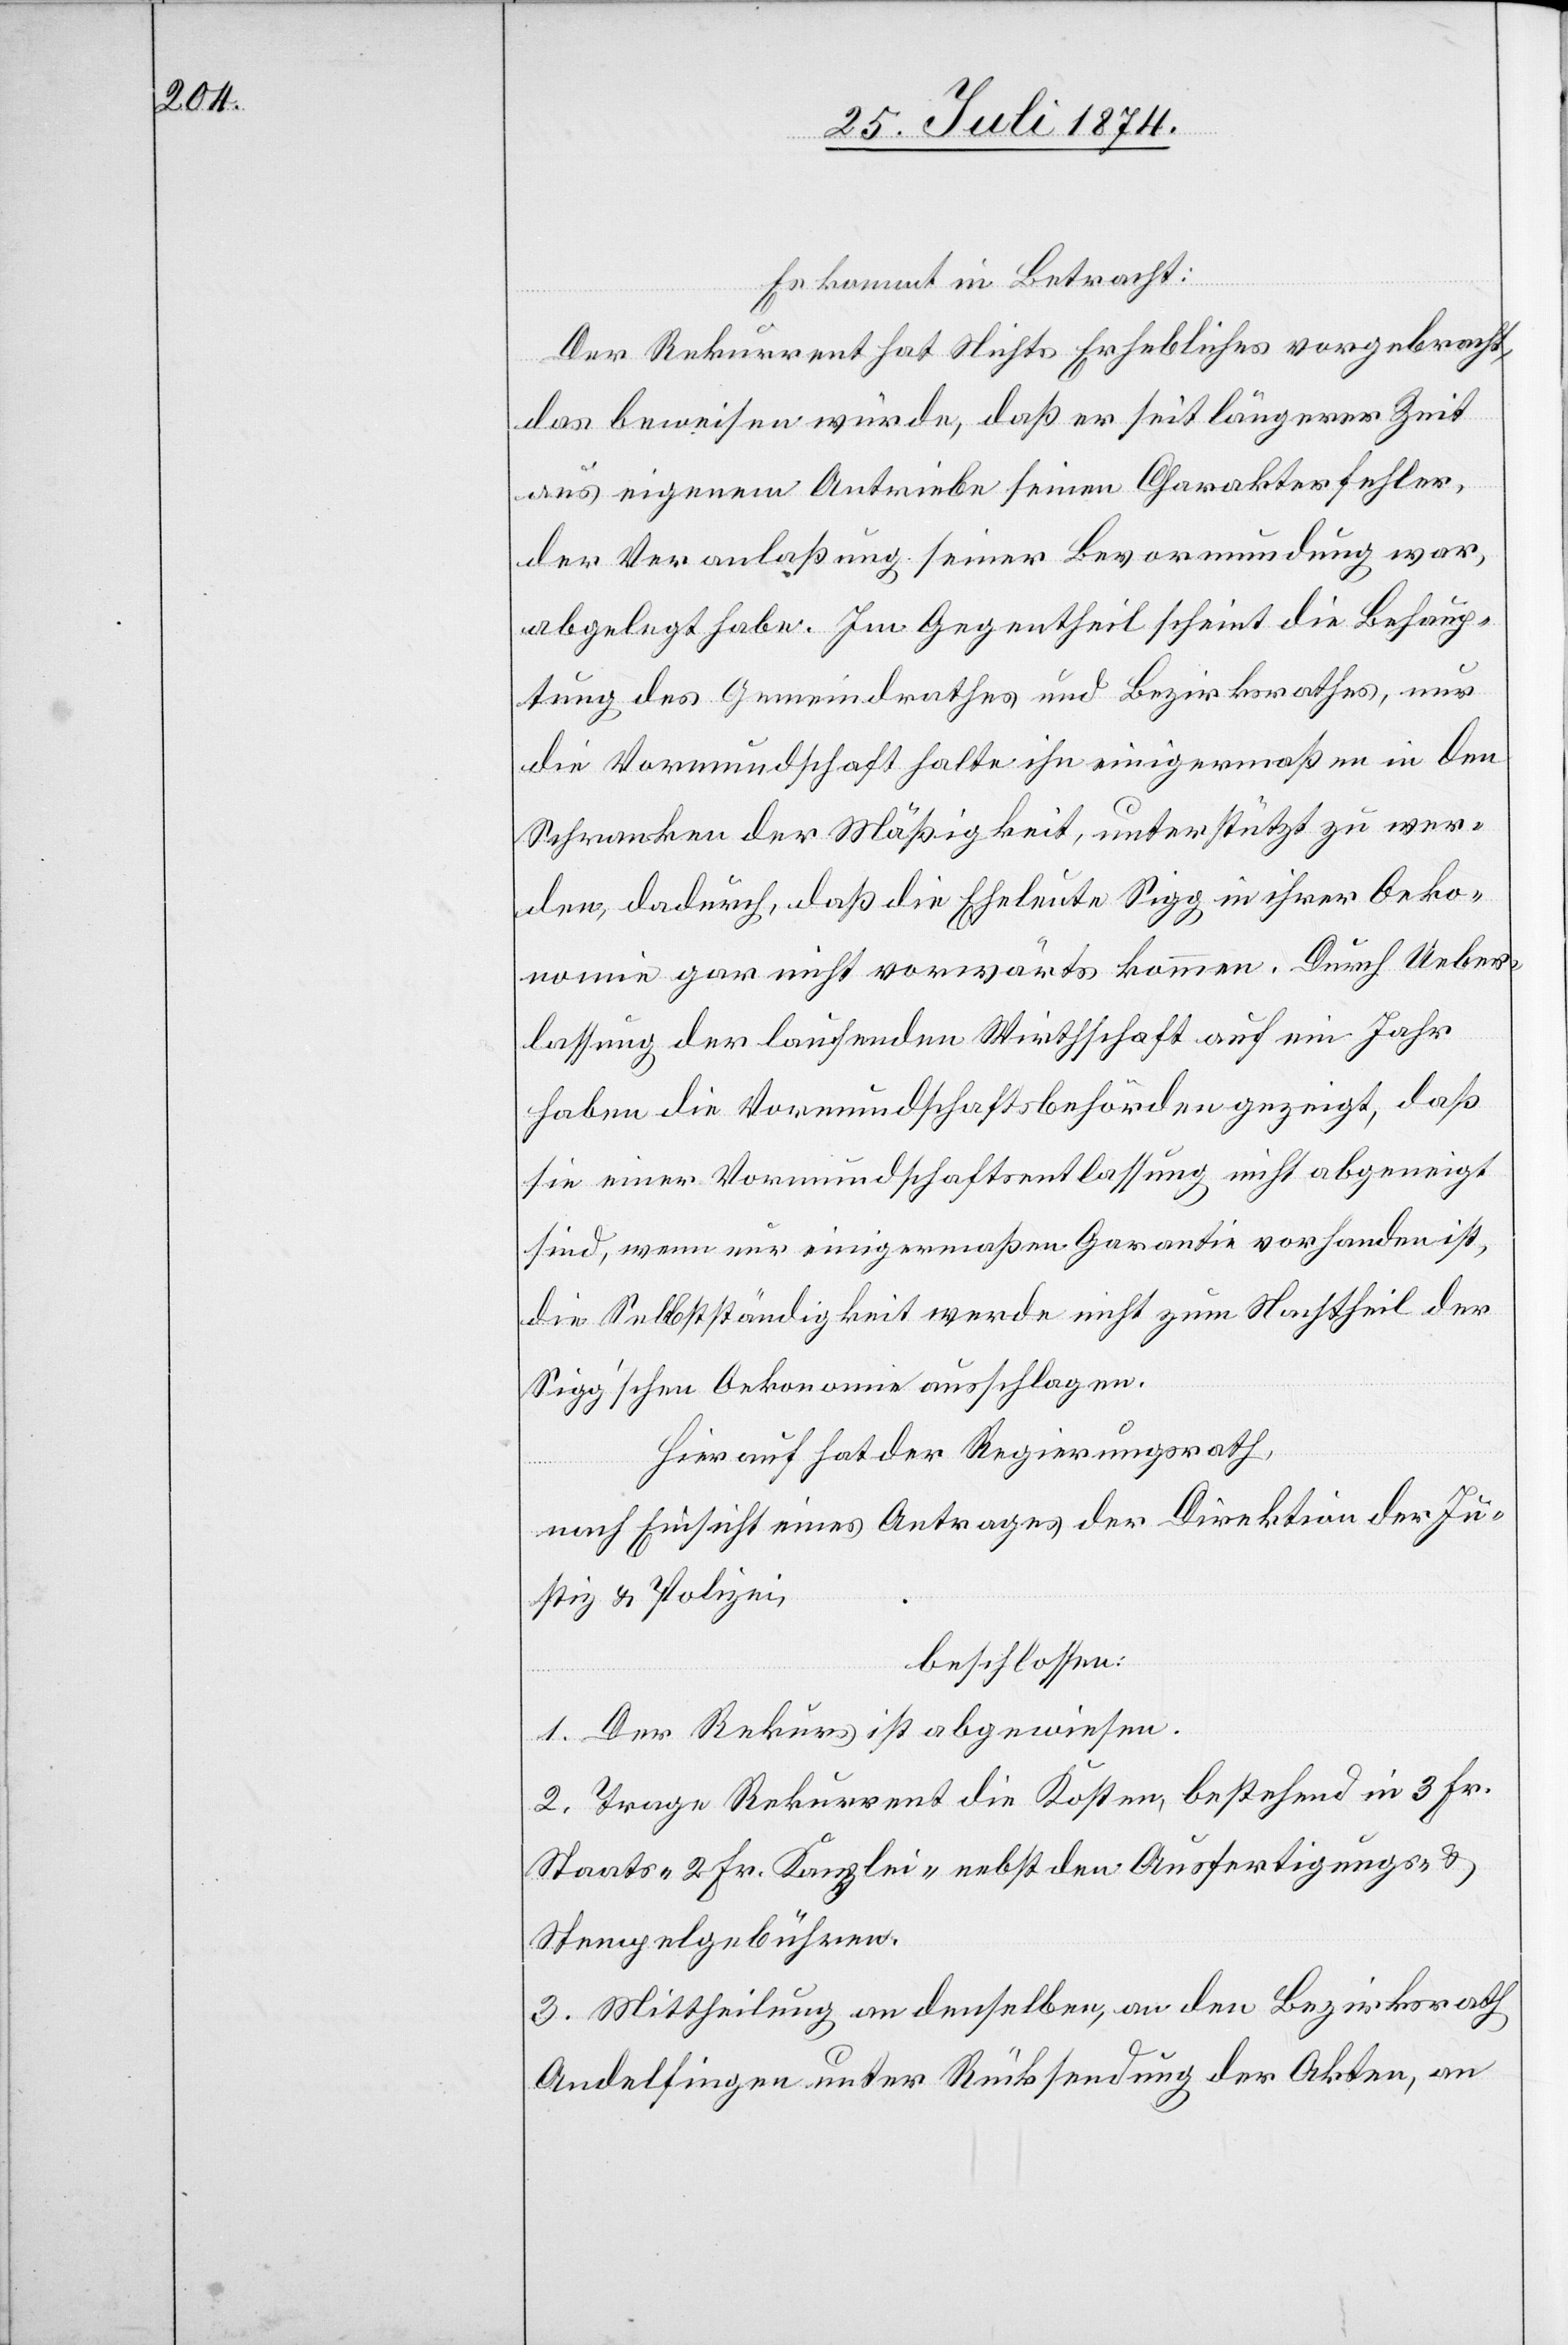
Es kommt in Betracht:
Der Rekurrent hat Nichts Erhebliches vorgebracht,
das beweisen würde, daß er seit längerer Zeit
aus eigenem Antriebe seinen Charakterfehler,
der Veranlaßung seiner Bevormundung war,
abgelegt habe. Im Gegentheil scheint die Behaup¬
tung des Gemeindrathes und Bezirksrathes, nur
die Vormundschaft halte ihn einigermaßen in den
Schranken der Mäßigkeit, unterstützt zu wer¬
den, dadurch, daß die Eheleute Sigg in ihrer Oeko¬
nomie gar nicht vorwärts kommen. Durch Ueber¬
lassung der laufenden Wirthschaft auf ein Jahr
haben die Vormundschaftsbehörden gezeigt, daß
sie einer Vormundschaftsentlassung nicht abgeneigt
sind, wenn nur einigermaßen Garantie vorhanden ist,
die Selbstständigkeit werde nicht zum Nachtheil der
Sigg’schen Oekonomie ausschlagen.
Hierauf hat der Regierungsrath,
nach Einsicht eines Antrages der Direktion der Ju¬
stiz u. Polizei,
beschlossen:
1. Der Rekurs ist abgewiesen.
2. Trage Rekurrent die Kosten, bestehend in 3 Fr.
Staats- [,] 2 Fr. Kanzlei- nebst den Ausfertigungs- u.
Stempelgebühren.
3. Mittheilung an denselben, an den Bezirksrath
Andelfingen unter Rücksendung der Akten, an